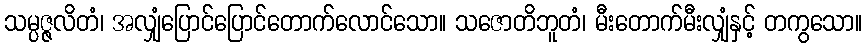
သမ္ပဇ္ဇလိတံ၊ အလျှံပြောင်ပြောင်တောက်လောင်သော။ သဇောတိဘူတံ၊ မီးတောက်မီးလျှံနှင့် တကွသော။